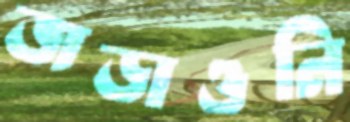
জড়াওনি